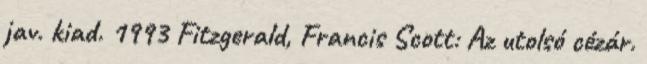
jav. kiad. 1993 Fitzgerald, Francis Scott: Az utolsó cézár.